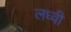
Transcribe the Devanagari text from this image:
लध्वी